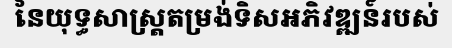
នៃយុទ្ធសាស្ត្រតម្រង់ទិសអភិវឌ្ឍន៍របស់